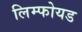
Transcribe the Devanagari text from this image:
लिम्फोयड